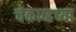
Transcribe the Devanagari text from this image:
चेकाव्हच्या